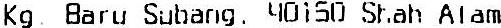
KG BARU SUBANG. 40150 SHAH ALAM